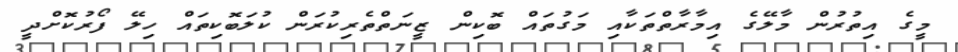
މީގެ އިތުރުން މާލޭގެ އިމާރާތްތަކާއި މަގުތައް ބޮކިން ޒީނަތްތެރިކުރަން ކުލަބޮކިތައް ހިލޭ ފޯރުކޮށްދީ